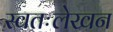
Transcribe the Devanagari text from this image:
स्वतःलेखन